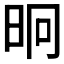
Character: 𭥤